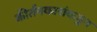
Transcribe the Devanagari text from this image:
कीर्तनकारांकडून